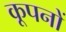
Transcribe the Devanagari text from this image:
कूपनों